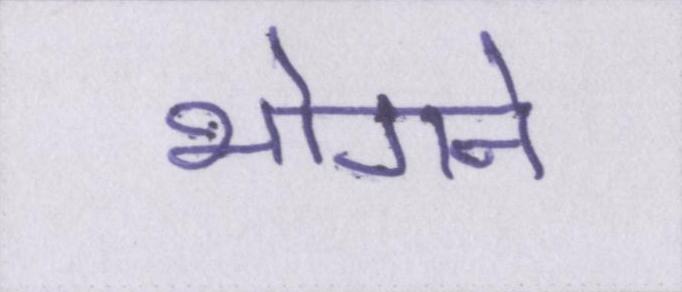
भोगने